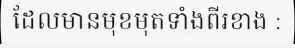
ដែលមានមុខមុតទាំងពីរខាង :